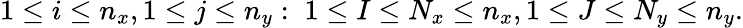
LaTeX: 1\le i\le n_{x},1\le j\le n_{y}:\; 1\le I\le N_{x}\le n_{x},1\le J\le N_{y}\le n_{y}.